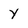
Character: Y